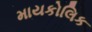
માયકોલિક